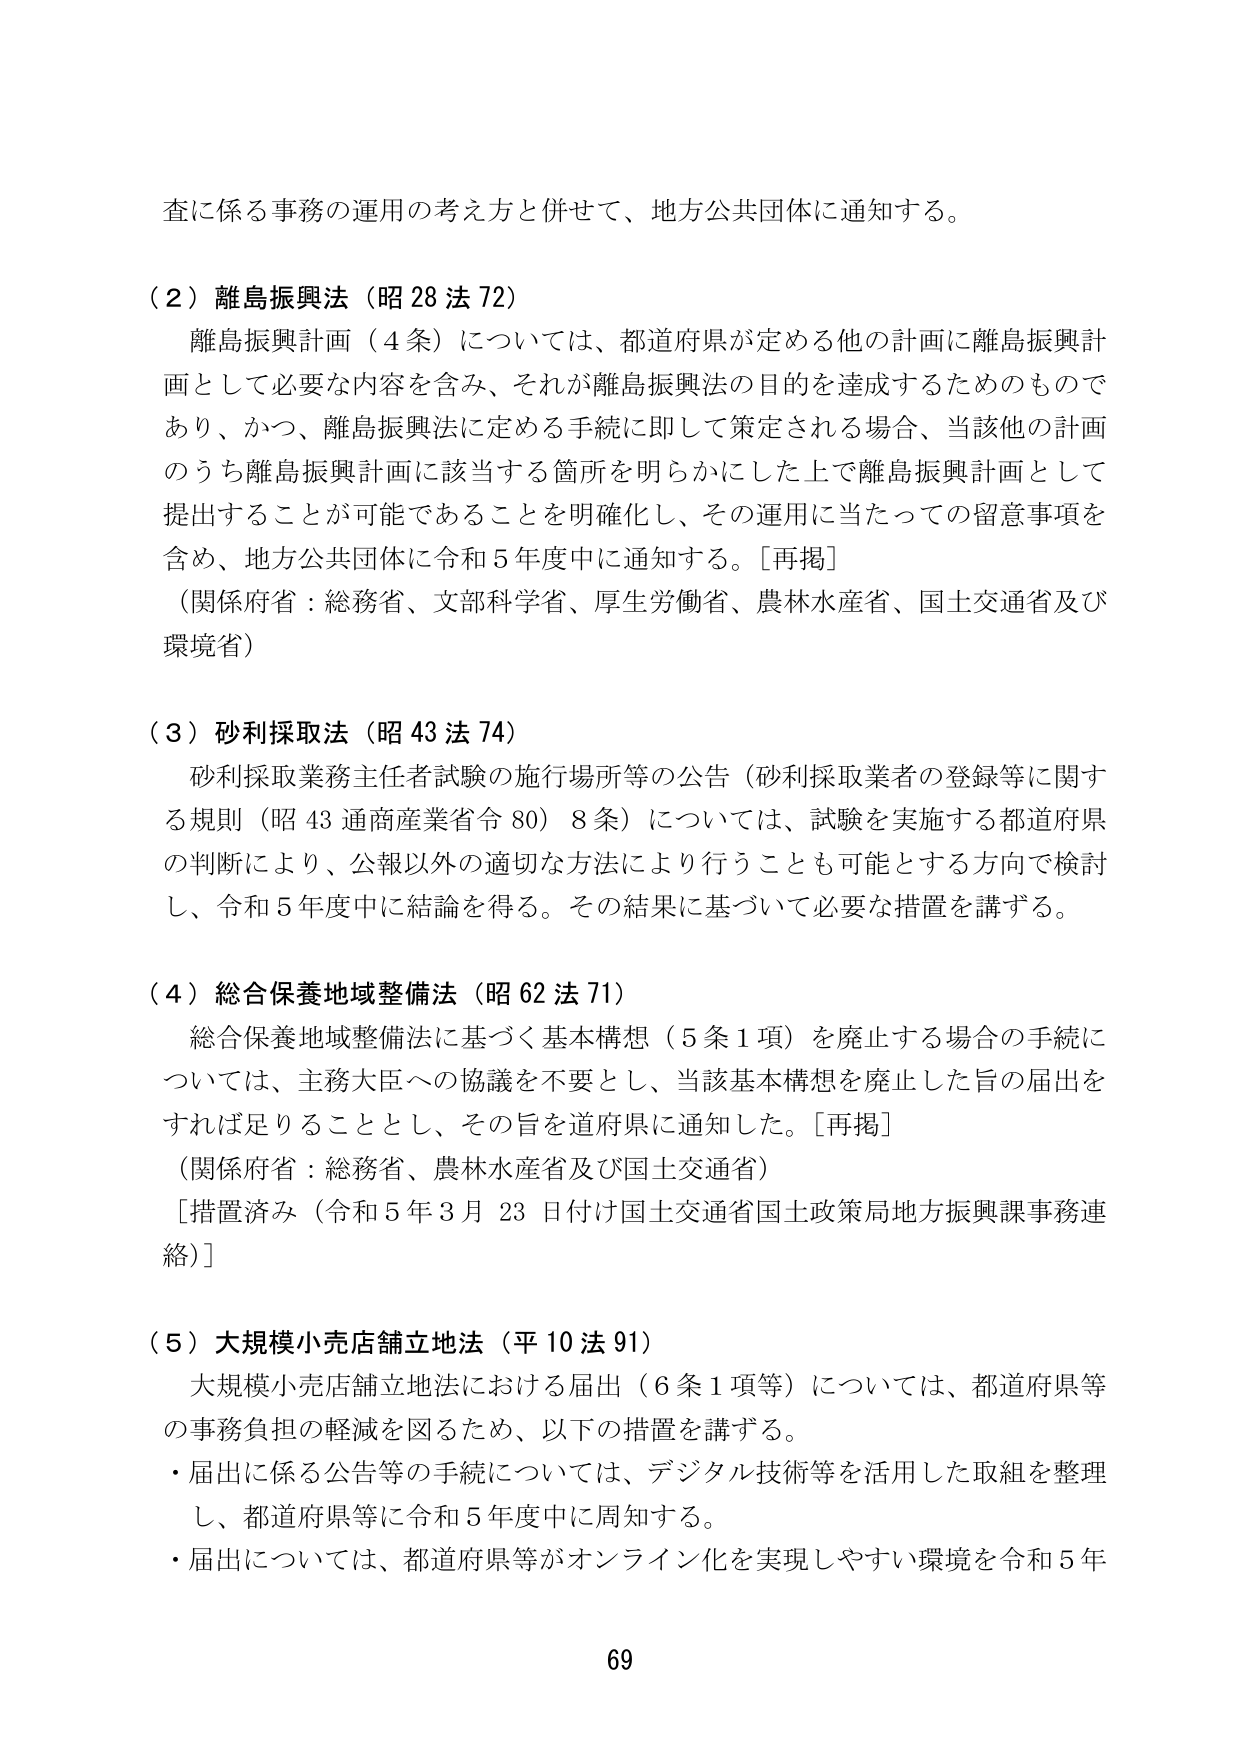
査に係る事務の運用の考え方と併せて、地方公共団体に通知する。

（２）離島振興法（昭28法72）
　離島振興計画（4条）については、都道府県が定める他の計画に離島振興計画として必要な内容を含み、それが離島振興法の目的を達成するためのものであり、かつ、離島振興法に定める手続に即して策定される場合、当該他の計画のうち離島振興計画に該当する箇所を明らかにした上で離島振興計画として提出することが可能であることを明確化し、その運用に当たっての留意事項を含め、地方公共団体に令和5年度中に通知する。［再掲］
（関係府省：総務省、文部科学省、厚生労働省、農林水産省、国土交通省及び環境省）

（３）砂利採取法（昭43法74）
　砂利採取業務主任者試験の施行場所等の公告（砂利採取業者の登録等に関する規則（昭43通商産業省令80）8条）については、試験を実施する都道府県の判断により、公報以外の適切な方法により行うことも可能とする方向で検討し、令和5年度中に結論を得る。その結果に基づいて必要な措置を講ずる。

（４）総合保養地域整備法（昭62法71）
　総合保養地域整備法に基づく基本構想（5条1項）を廃止する場合の手続については、主務大臣への協議を不要とし、当該基本構想を廃止した旨の届出をすれば足りることとし、その旨を道府県に通知した。［再掲］
（関係府省：総務省、農林水産省及び国土交通省）
［措置済み（令和5年3月23日付け国土交通省国土政策局地方振興課事務連絡）］

（５）大規模小売店舗立地法（平10法91）
　大規模小売店舗立地法における届出（6条1項等）については、都道府県等の事務負担の軽減を図るため、以下の措置を講ずる。
・届出に係る公告等の手続については、デジタル技術等を活用した取組を整理し、都道府県等に令和5年度中に周知する。
・届出については、都道府県等がオンライン化を実現しやすい環境を令和5年

69